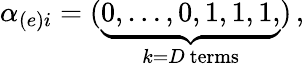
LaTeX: \alpha_{(e)i}=(\underbrace{0,\dots,0,1,1,1,}_{k=D\mathrm{~terms}})\, ,